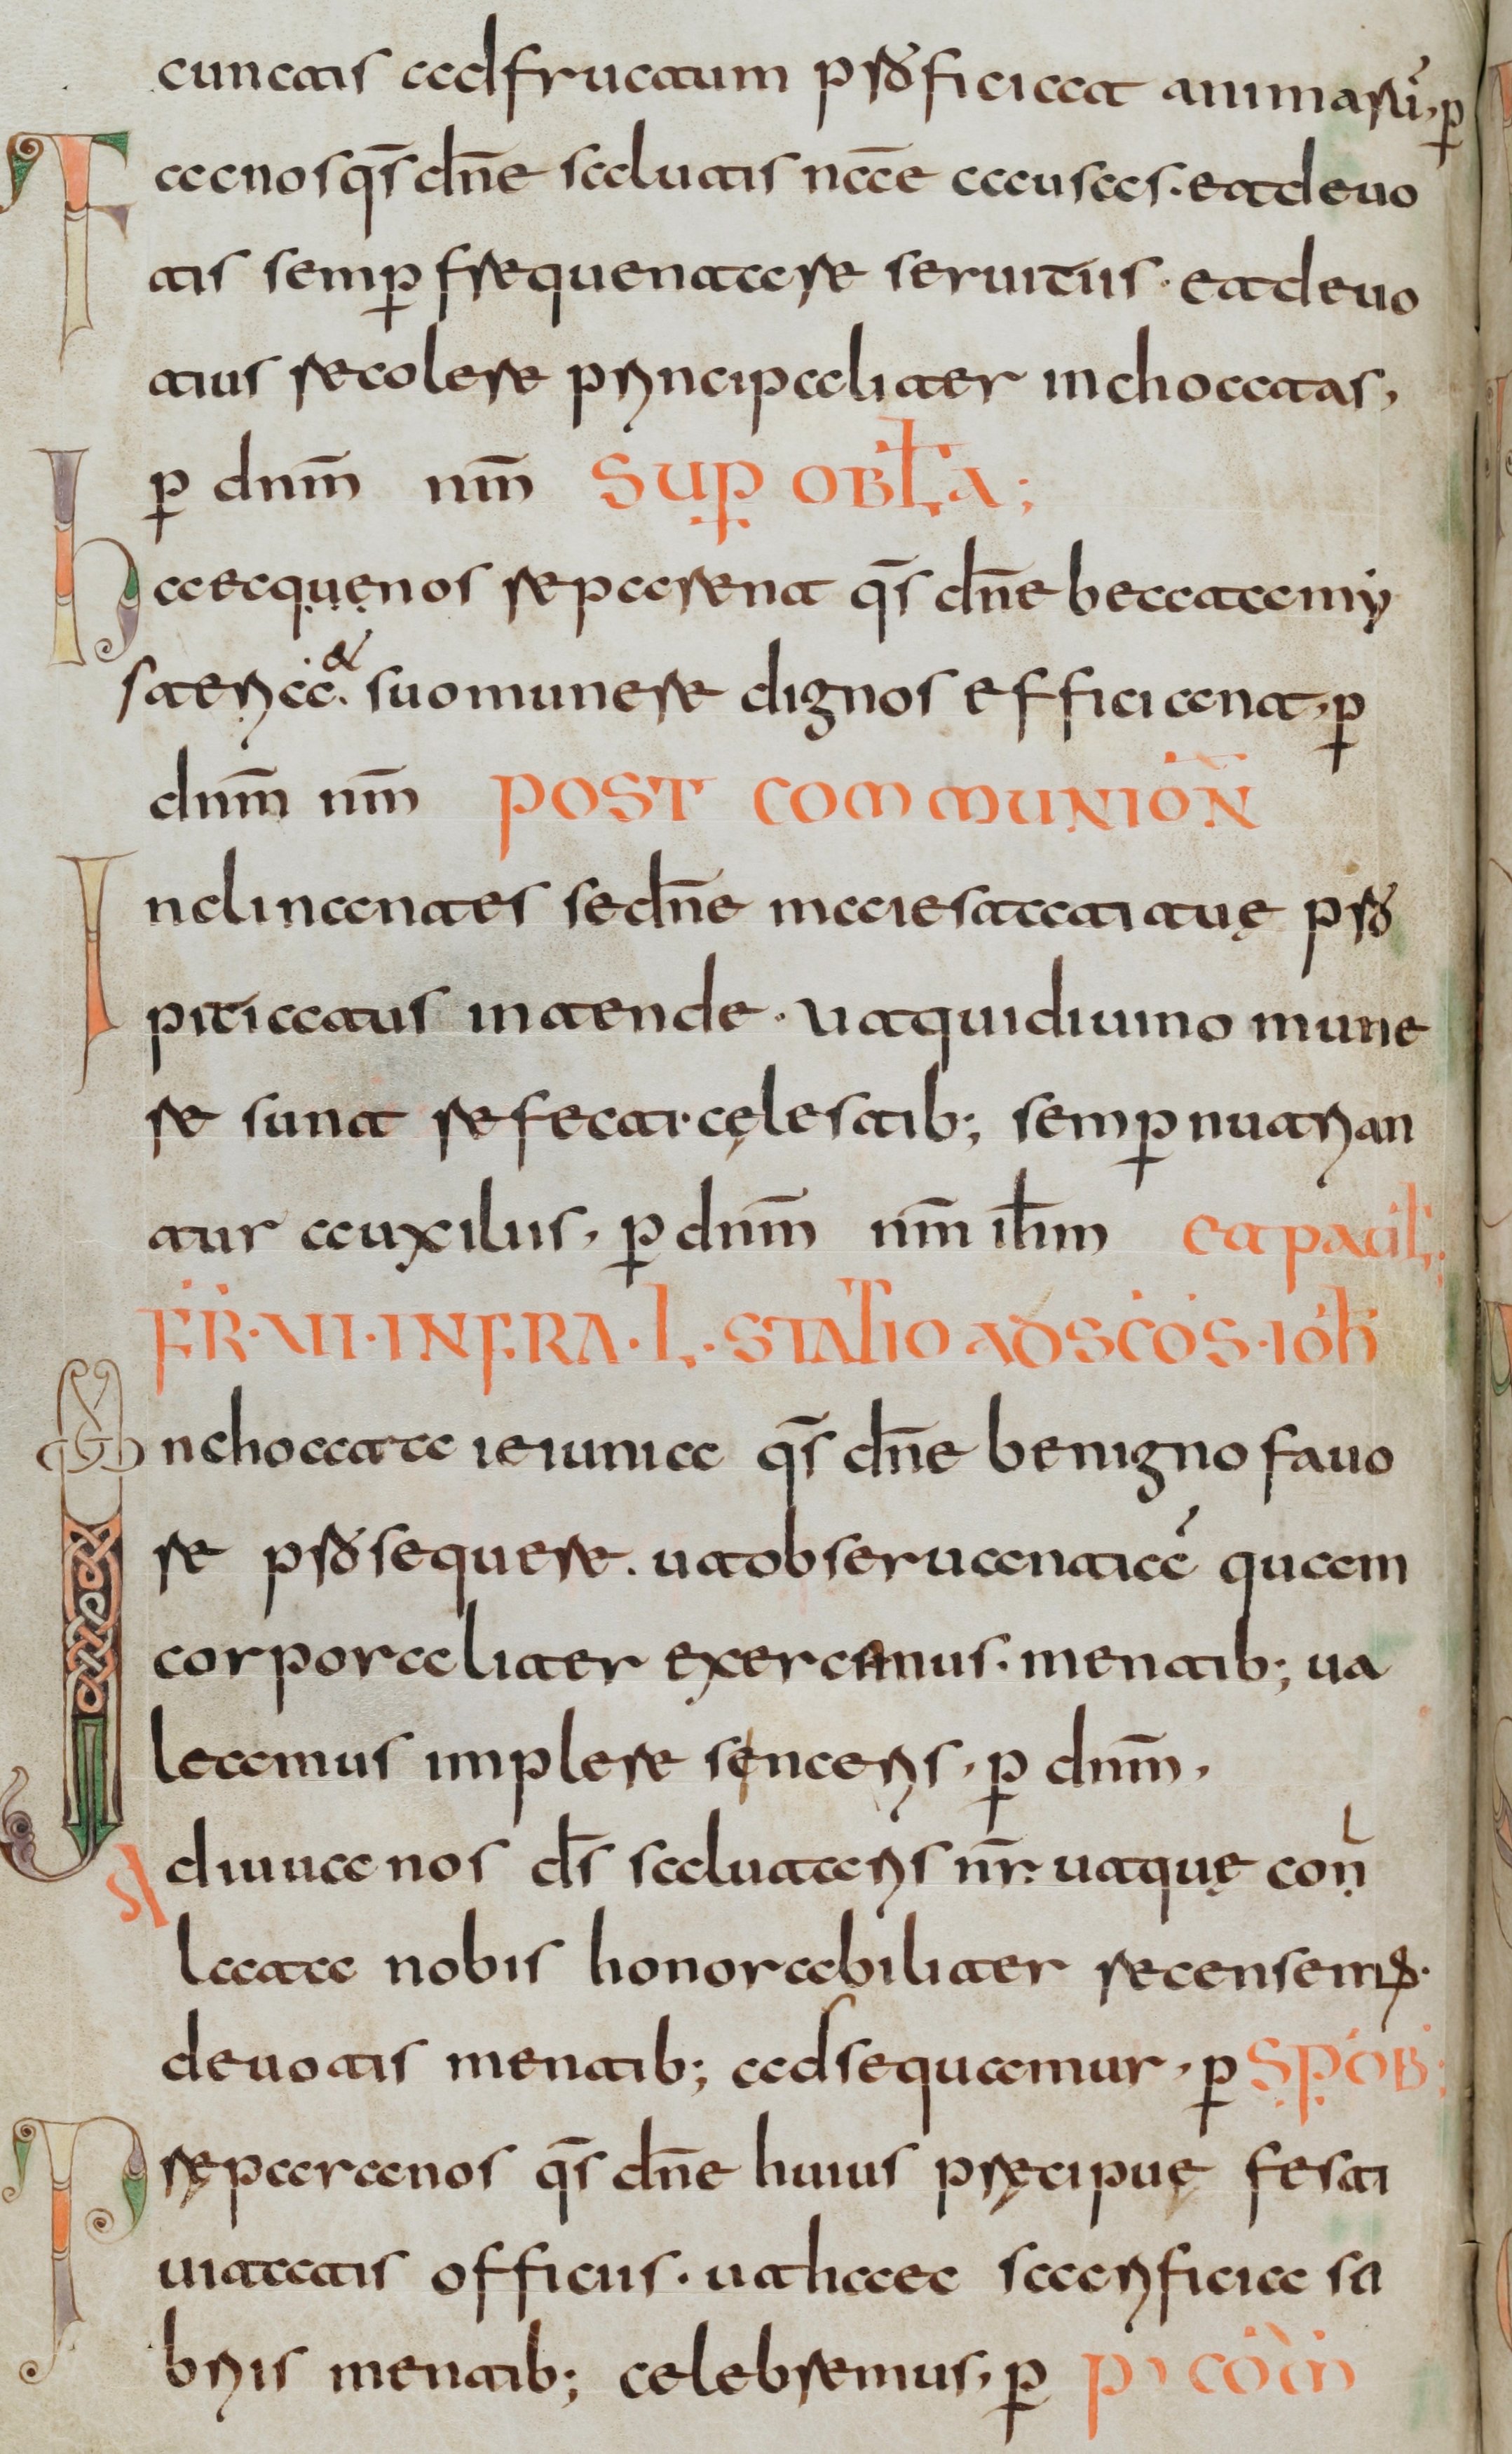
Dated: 800–830